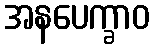
အနပေက္ခာဝ